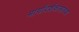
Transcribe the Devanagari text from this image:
मार्गादर्शकासारखा